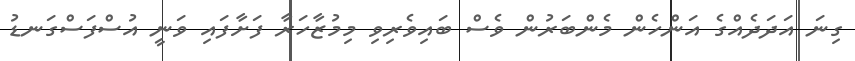
ގިނަ އަދަދެއްގެ އަންހެން މެންބަރުން ވެސް ބައިވެރިވި މިމުޒާހަރާ ފަށާފައި ވަނީ އުސްފަސްގަނޑު